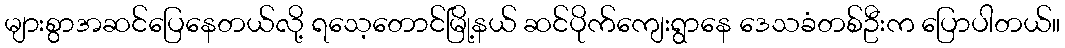
များစွာအဆင်ပြေနေတယ်လို့ ရသေ့တောင်မြို့နယ် ဆင်ပိုက်ကျေးရွာနေ ဒေသခံတစ်ဦးက ပြောပါတယ်။